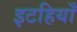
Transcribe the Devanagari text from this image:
इटहियाँ